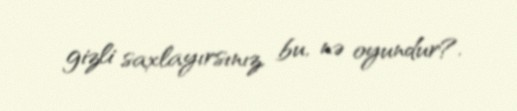
gizli saxlayırsınız, bu, nə oyundur?.